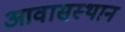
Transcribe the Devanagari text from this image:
आवासस्थान